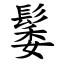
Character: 䰀